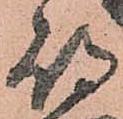
待